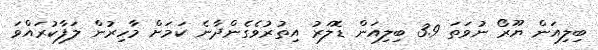
ބިލިއަން ޔޫރޯ ނުވަތަ 3.9 ބިލިއަން ޑޮލަރު އިތުރުވެގެންދާނެ ކަމަށް މާހިރުން ލަފާކުރައްވަ